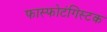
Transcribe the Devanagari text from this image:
फास्फोटंगिस्टक